Veterinary [1916] -
Year: 1916
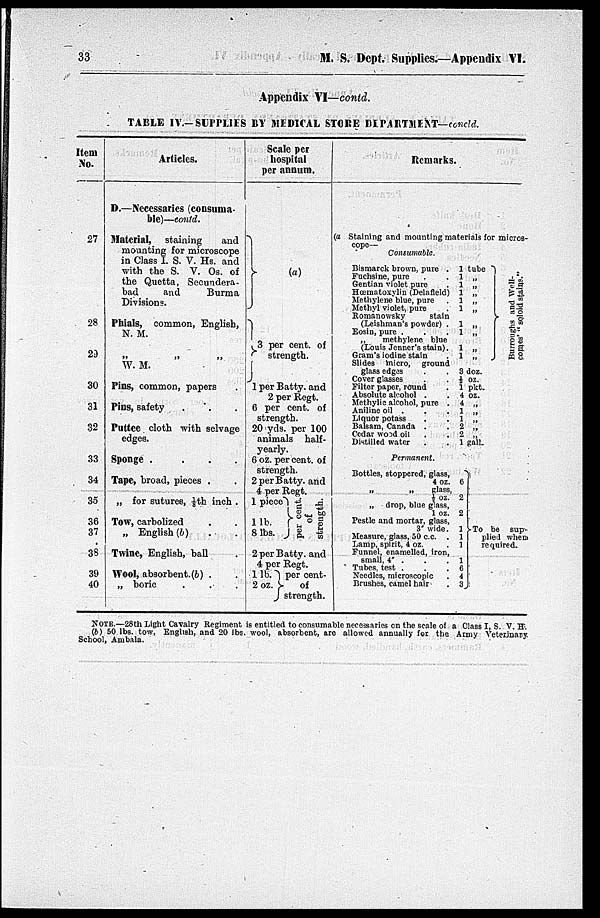
33
M. S. Dept. Supplies.—Appendix VI.
Appendix VI—contd.
TABLE IV.—SUPPLIES BY MEDICAL STORE DIPARTMENT—concld.
Item
No.
27
28
29
30
31
32
33
34
35
36
37
38
39
40
Articles.
D.—Necessaries (consuma-
ble)—contd.
material,
staining
and
mounting for microscope
in Class I. S. V. Hs. and
with the S. V. Os. of
the Quetta, Secundera-
bad
and
Burma
Divisions.
Phials, common, English,
N. M.
„ „ „
W. M.
Pins, common, papers .
Pins, safety . . .
Puttee cloth with selvage
edges.
Sponge .
.
.
.
Tape, broad, pieces . .
„ for sutures, 1/8th inch .
Tow, carbolized . .
„ English (b) . .
Twine, English, ball . .
Wool, absorbent.(b) . .
„ boric . . .
Scale per
hospital
per annum.
}
(a)
} 3 per cent. of
strength.
1 per Batty and
2 per Regt.
6 per cent. of
strength.
20 yds per 100
animals half-
yearly.
6 oz. per cent. of
strength.
2 per Batty. and
4 per Regt.
1 piece
1 lb .
8 lbs.
} per cent.
of
straughth.
2 per Batty. and
4 per Regt.
1 lb. }
2 oz.
per cent.
of
strength.
Remarks.
(a Staining and mounting materials for micros-
cope—
Consumable.
Bismarck brown, pure . 1 tube
Fuchsine, pure . . 1 „
Gentian violet pure
. 1 „
Hœmatoxylin (Delafield) 1 „
Methylene blue, pure . 1 „
Methyl violet, pure . 1 „
Romanowsky
stain
(Leishman's powder) . 1 „
Eosin, pure .
.
. 1 „
„
methylene blue
(Louis Jenner's stain). 1 „
Gram's iodine stain
. 1 „
Slides micro, ground
glass edges
.
. 3 doz.
Cover glasses
.
. ½ oz.
Filter paper, round
. 1 pkt.
Absolute alcohol . . 4 oz.
Methylic alcohol, pure . 4 „
Aniline oil .
.
. 1 „
Liquor potass
.
. 1 „
Balsam, Canada .
. 2 „
Cedar wood oil
.
. 2 „
Distilled water
.
. 1 gall.
Permanent.
Bottles, stoppered, glass,
4 oz. 6
„
„
glass,
½ oz. 2
„ drop, blue glass,
1 oz. 2
Pestle and mortar, glass,
3" wide. 1 To
Measure, glass, 50 c.c. . 1
Lamp, spirit, 4 oz.
. 1
Funnel, enamelled, iron,
small, 4" .
.
. 1
Tubes, test .
.
. 6
Needles, microscopic
. 4
Brushes, camel hair
. 3
} Burroughs and Well-
comes' "soloid stains."
} To be sup-
plied when
required.
NOTE.—28th Light Cavalry Regiment is entitled to consumable necessaries on the scale of a Class I, S. V. H.
(b) 50 lbs. tow, English, and 20 lbs. wool, absorbent, are allowed annually for the Army Veterinary.
School, Ambala.